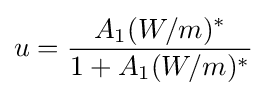
u={\frac {A_{1}(W/m)^{*}}{1+A_{1}(W/m)^{*}}}